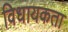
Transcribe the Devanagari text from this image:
विधायकता